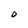
Character: O